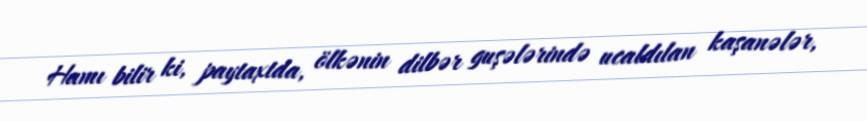
Hamı bilir ki, paytaxtda, ölkənin dilbər guşələrində ucaldılan kaşanələr,